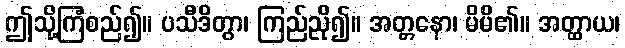
ဤသို့ကြံစည်၍။ ပသီဒိတွာ၊ ကြည်ညို၍။ အတ္တနော၊ မိမိ၏။ အတ္ထာယ၊